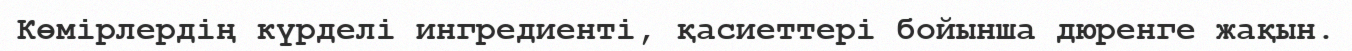
Көмірлердің күрделі ингредиенті, қасиеттері бойынша дюренге жақын.